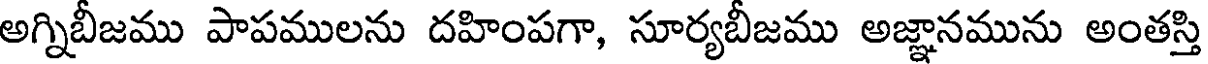
అగ్నిబీజము పాపములను దహింపగా, సూర్యబీజము అజ్ఞానమును అంతస్తి